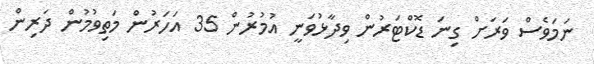
ނަމަވެސް ވަރަށް ގިނަ ޑޮކްޓަރުން ވިދާޅުވަނީ އުމުރުން 35 އަހަރުން މަތިވުމުން ދަރިން